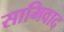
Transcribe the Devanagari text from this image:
सामिवाद